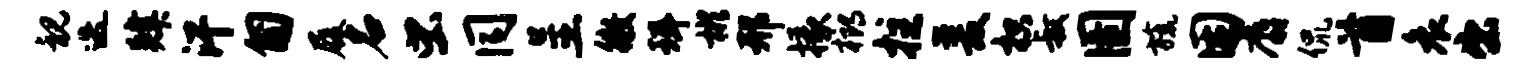
视迭肄汗匍履名虫同呈徵珥彬邢掾榔拄爰枳叔圉旒困麝侃首哀出